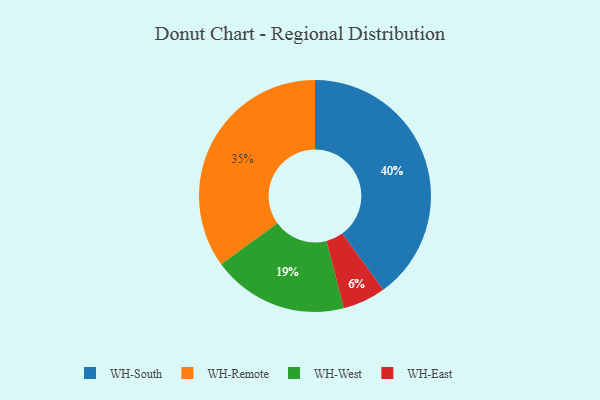
{"axis": {"x": "Category", "y": "Percentage"}, "legend": ["WH-East", "WH-Remote", "WH-South", "WH-West"], "data": [{"x": "WH-Remote", "y": 35, "type": "WH-Remote"}, {"x": "WH-South", "y": 40, "type": "WH-South"}, {"x": "WH-East", "y": 6, "type": "WH-East"}, {"x": "WH-West", "y": 19, "type": "WH-West"}]}